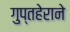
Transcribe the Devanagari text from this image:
गुप्तहेराने